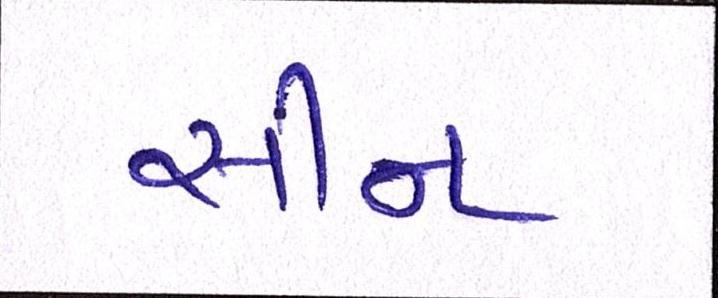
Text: સીન